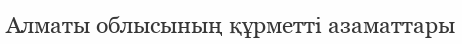
Алматы облысының құрметті азаматтары